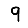
Digit: 9